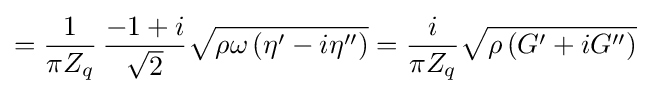
={\frac {1}{\pi Z_{q}}}\,{\frac {-1+i}{\sqrt {2}}}{\sqrt {\rho \omega \left(\eta ^{\prime }-i\eta ^{\prime \prime }\right)}}={\frac {i}{\pi Z_{q}}}{\sqrt {\rho \left(G^{\prime }+iG^{\prime \prime }\right)}}